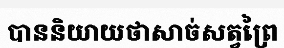
បាននិយាយថាសាច់សត្វព្រៃ